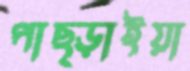
পাছ্‌ড়াইয়া